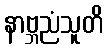
နာဗ္ဘညံသူတိ